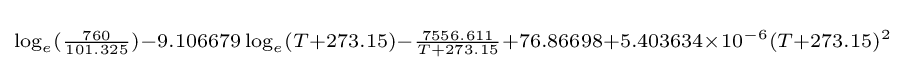
\scriptstyle \log _{e}({\frac {760}{101.325}})-9.106679\log _{e}(T+273.15)-{\frac {7556.611}{T+273.15}}+76.86698+5.403634\times 10^{-6}(T+273.15)^{2}